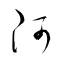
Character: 阿